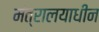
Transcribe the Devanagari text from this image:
मंत्रालयाधीन